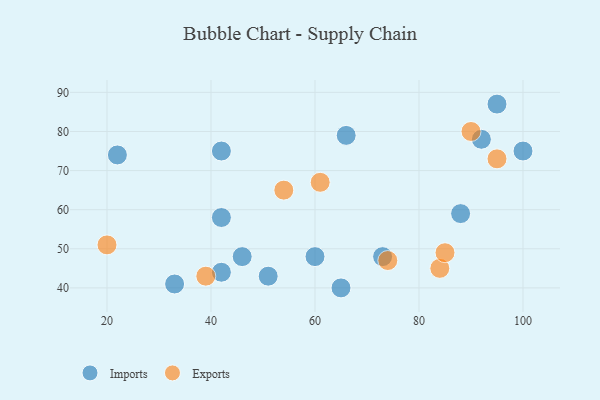
{"axis": {"x": "GDP", "y": "Life Expectancy"}, "legend": ["Exports", "Imports"], "data": [{"x": "60", "y": 48, "type": "Imports"}, {"x": "51", "y": 43, "type": "Imports"}, {"x": "100", "y": 75, "type": "Imports"}, {"x": "42", "y": 75, "type": "Imports"}, {"x": "22", "y": 74, "type": "Imports"}, {"x": "42", "y": 58, "type": "Imports"}, {"x": "95", "y": 87, "type": "Imports"}, {"x": "66", "y": 79, "type": "Imports"}, {"x": "33", "y": 41, "type": "Imports"}, {"x": "65", "y": 40, "type": "Imports"}, {"x": "88", "y": 59, "type": "Imports"}, {"x": "92", "y": 78, "type": "Imports"}, {"x": "46", "y": 48, "type": "Imports"}, {"x": "42", "y": 44, "type": "Imports"}, {"x": "73", "y": 48, "type": "Imports"}, {"x": "84", "y": 45, "type": "Exports"}, {"x": "61", "y": 67, "type": "Exports"}, {"x": "74", "y": 47, "type": "Exports"}, {"x": "90", "y": 80, "type": "Exports"}, {"x": "95", "y": 73, "type": "Exports"}, {"x": "20", "y": 51, "type": "Exports"}, {"x": "39", "y": 43, "type": "Exports"}, {"x": "54", "y": 65, "type": "Exports"}, {"x": "85", "y": 49, "type": "Exports"}]}